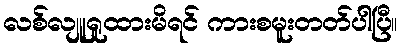
လစ်လျူရှုထားမိရင် ကားစမူးတတ်ပါပြီ။